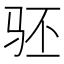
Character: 𬳵